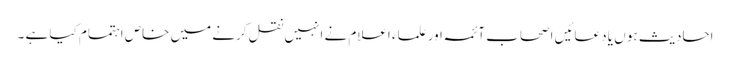
احادیث ہو ں یا دعائیں اصحاب آئمہ اور علماء اعلام نے انہیں نقل کرنے میں خاص اہتمام کیا ہے ۔